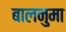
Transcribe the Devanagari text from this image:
बालनुमा